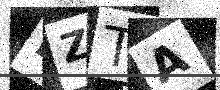
Text: BZTA